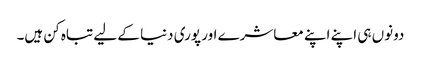
دونوں ہی اپنے اپنے معاشرے اور پوری دنیا کے لیے تباہ کن ہیں۔